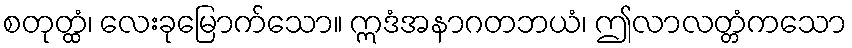
စတုတ္ထံ၊ လေးခုမြောက်သော။ ဣဒံအနာဂတဘယံ၊ ဤလာလတ္တံကသော